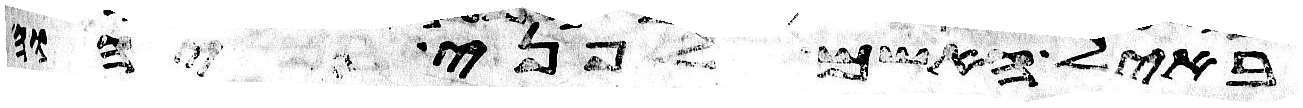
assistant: באיל האשם לפני יהוה